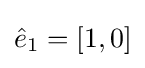
{\hat {e}}_{1}=[1,0]